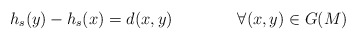
\begin{align*}h_s(y)-h_s(x)=d(x,y)\ \ \ \ \ \ \ \ \ \ \ \ \forall(x,y)\in G(M)\end{align*}